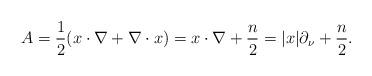
LaTeX: \begin{align*}A = \frac{1}{2}(x\cdot \nabla+ \nabla\cdot x) = x\cdot\nabla + \frac{n}{2} = |x|\partial_\nu + \frac{n}{2}.\end{align*}